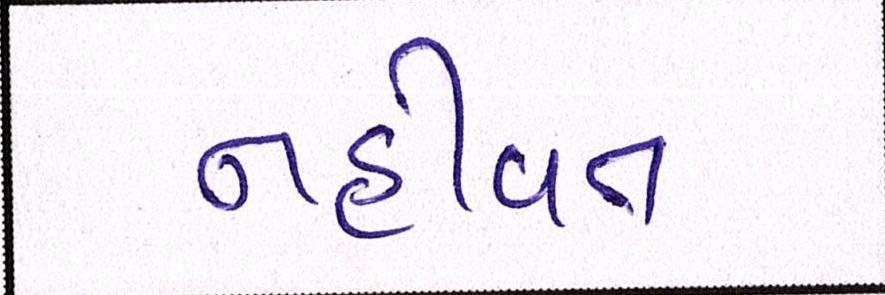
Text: નહીંવત